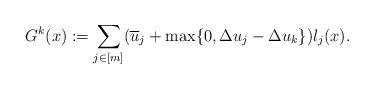
LaTeX: \begin{gather*}G^k(x) := \sum_{j \in [m]} (\overline{u}_j + \max\{0,\Delta u_j - \Delta u_k\})l_j(x). \end{gather*}